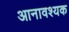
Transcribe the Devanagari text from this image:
आनावश्यक